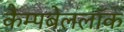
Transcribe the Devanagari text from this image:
कैम्पबेललॉक